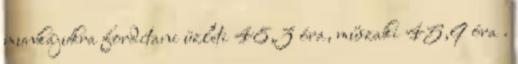
munkájukra fordítani üzleti 48,3 óra, műszaki 45,9 óra .